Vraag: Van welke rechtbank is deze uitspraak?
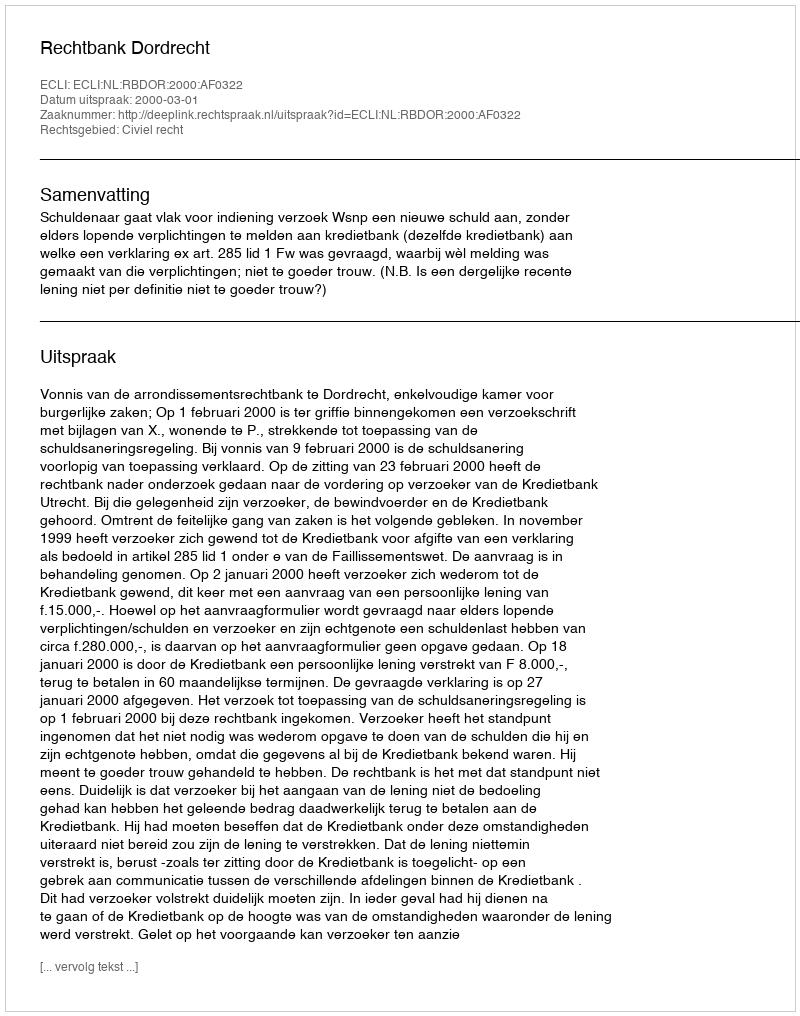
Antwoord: Rechtbank Dordrecht